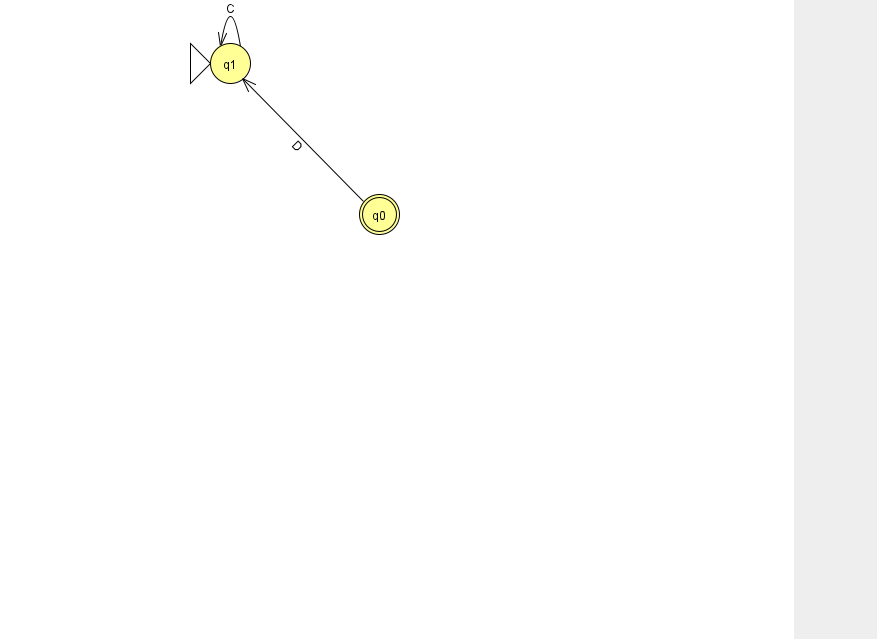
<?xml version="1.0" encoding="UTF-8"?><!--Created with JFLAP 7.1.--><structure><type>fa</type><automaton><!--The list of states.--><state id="0" name="q0"><x>379.0</x><y>201.0</y><final/></state><state id="1" name="q1"><x>230.0</x><y>50.0</y><initial/></state><!--The list of transitions.--><transition><from>1</from><to>1</to><read>C</read></transition><transition><from>0</from><to>1</to><read>D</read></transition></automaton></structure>